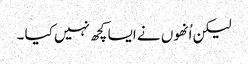
لیکن اُنھوں نے ایسا کچھ نہیں کیا ۔